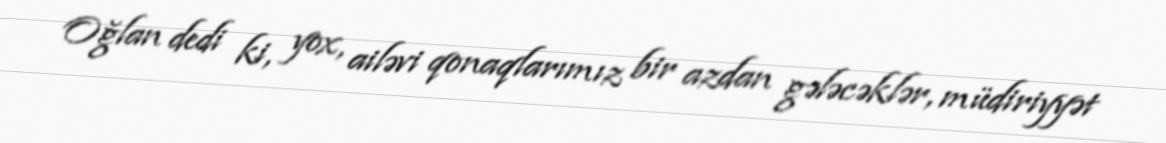
Oğlan dedi ki, yox, ailəvi qonaqlarımız bir azdan gələcəklər, müdiriyyət